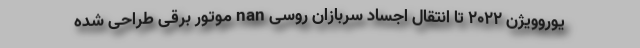
یوروویژن 2022 تا انتقال اجساد سربازان روسی nan موتور برقی طراحی شده